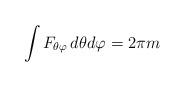
LaTeX: \begin{align*}\int F_{\theta \varphi}\,d\theta d\varphi =2\pi m\end{align*}